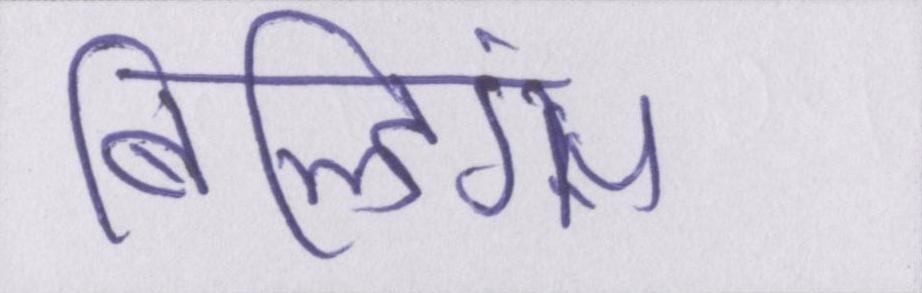
बिल्डिंग्स